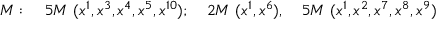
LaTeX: M : ~ ~ ~ 5 M ~ ( x ^ { 1 } , x ^ { 3 } , x ^ { 4 } , x ^ { 5 } , x ^ { 1 0 } ) ; ~ ~ ~ 2 M ~ ( x ^ { 1 } , x ^ { 6 } ) , ~ ~ ~ 5 M ~ ( x ^ { 1 } , x ^ { 2 } , x ^ { 7 } , x ^ { 8 } , x ^ { 9 } )